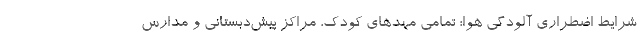
شرایط اضطراری آلودگی هوا؛ تمامی مهدهای کودک، مراکز پیش‌دبستانی و مدارس